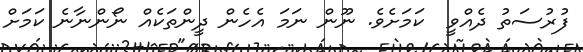
ފުރުސަތު ދެއްވީ  ކަމަށެވެ. ނޫން ނަމަ އެހެން ދީންތަކެއް ނޯންނާނެ ކަމަށް